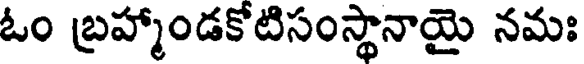
ఓం బ్రహ్మాండకోటిసంస్థానాయై నమః